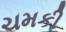
ચમકી